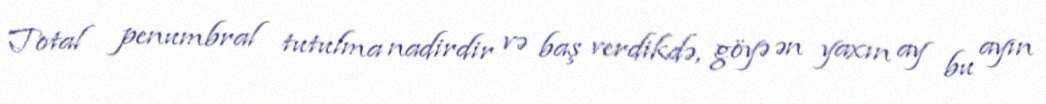
Total penumbral tutulma nadirdir və baş verdikdə, göyə ən yaxın ay bu ayın